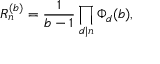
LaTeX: R _ { n } ^ { ( b ) } = { \frac { 1 } { b - 1 } } \prod _ { d | n } \Phi _ { d } ( b ) ,